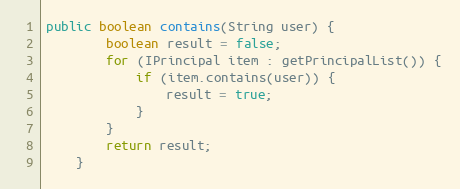
Language: Java
public boolean contains(String user) {
        boolean result = false;
        for (IPrincipal item : getPrincipalList()) {
            if (item.contains(user)) {
                result = true;
            }
        }
        return result;
    }